Civil Veterinary Department Bihar & Orissa reports 1922-29 - 1922-1929
Year: 1922
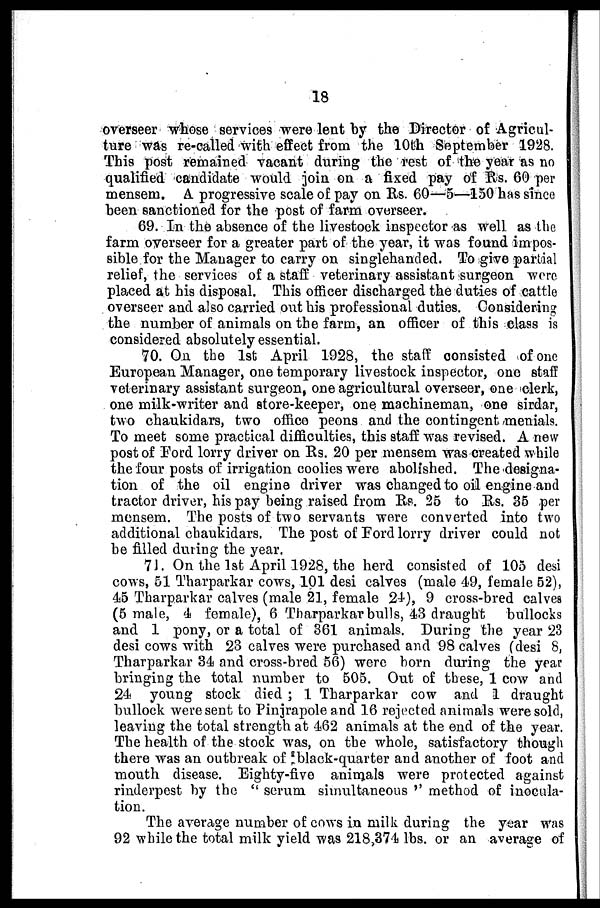
18
overseer whose services were lent by the Director of Agricul-
ture was re-called with effect from the 10th September 1928.
This post remained vacant during the rest of the year as no
qualified candidate would join on a fixed pay of Rs. 60 per
mensem. A progressive scale of pay on Us. 60—5—150 has since
been sanctioned for the post of farm overseer.
69. In the absence of the livestock inspector as well as the
farm overseer for a greater part of the year, it was found impos-
sible for the Manager to carry on singlehanded. To give partial
relief, the services of a staff veterinary assistant surgeon were
placed at his disposal. This officer discharged the duties of cattle
overseer and also carried out his professional duties. Considering
the number of animals on the farm, an officer of this class is
considered absolutely essential.
70. On the 1st April 1928, the staff consisted of one
European Manager, one temporary livestock inspector, one staff
veterinary assistant surgeon, one agricultural overseer, one clerk,
one milk-writer and store-keeper, one machineman, one sirdar,
two chaukidars, two office peons and the contingent menials.
To meet some practical difficulties, this staff was revised. A new
post of Ford lorry driver on Rs. 20 per mensem was created while
the four posts of irrigation coolies were abolished. The designa-
tion of the oil engine driver was changed to oil engine and
tractor driver, his pay being raised from Rs. 25 to Rs. 35 per
mensem. The posts of two servants were converted into two
additional chaukidars. The post of Ford lorry driver could not
be filled during the year.
7J. On the 1st April 1928, the herd consisted of 105 desi
cows, 51 Tharparkar cows, 101 desi calves (male 49, female 52),
4-5 Tharparkar calves (male 21, female 24), 9 cross-bred calves
(5 male, 4 female), 6 Tharparkar bulls, 43 draught
bullocks
and 1 pony, or a total of 361 animals. During the year 23
desi cows with 23 calves were purchased and 98 calves (desi 8,
Tharparkar 34 and cross-bred 56) were born during the year
bringing the total number to 505. Out of these, 1 cow and
24 young stock died ; 1 Tharparkar cow and 1 draught
bullock were sent to Pinjrapole and 16 rejected animals were sold,
leaving the total strength at 462 animals at the end of the year.
The health of the stock was, on the whole, satisfactory though
there was an outbreak of black-quarter and another of foot and
mouth disease. Eighty-five animals were protected against
rinderpest by the " serum simultaneous '' method of inocula-
tion.
The average number of cows in milk during the year was
92 while the total milk yield was 218,374 lbs. or an average of